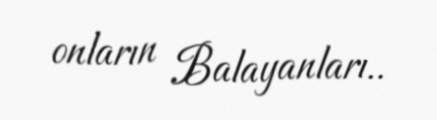
onların Balayanları..